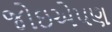
જોઇએપણ